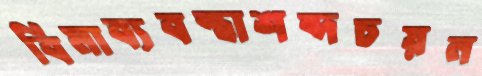
বিমাব্যবস্থাশব্দচয়ন